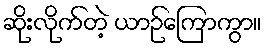
ဆိုးလိုက်တဲ့ ယာဉ်ကြောကွာ။